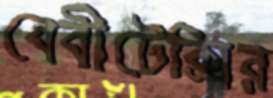
বেবীটেক্সির